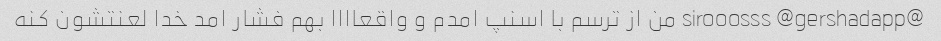
@sirooosss @gershadapp من از ترسم با اسنپ امدم و واقعاااا بهم فشار امد خدا لعنتشون کنه